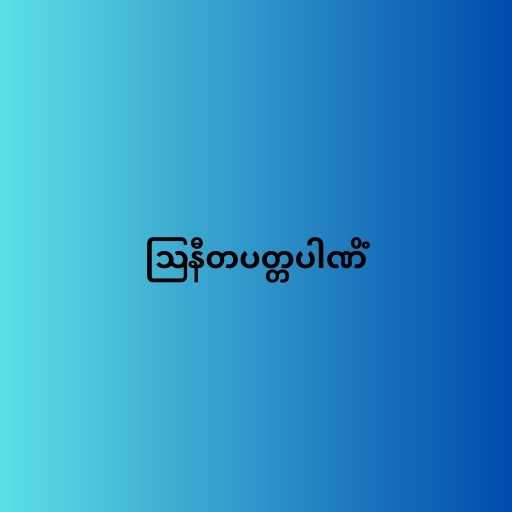
ဩနီတပတ္တပါဏိံ